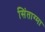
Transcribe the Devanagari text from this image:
सिंताग्मा